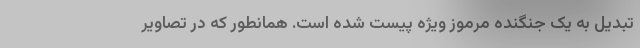
تبدیل به یک جنگنده مرموز ویژه پیست شده است. همانطور که در تصاویر